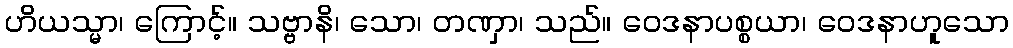
ဟိယသ္မာ၊ ကြောင့်။ သဗ္ဗာနိ၊ သော၊ တဏှာ၊ သည်။ ဝေဒနာပစ္စယာ၊ ဝေဒနာဟူသော